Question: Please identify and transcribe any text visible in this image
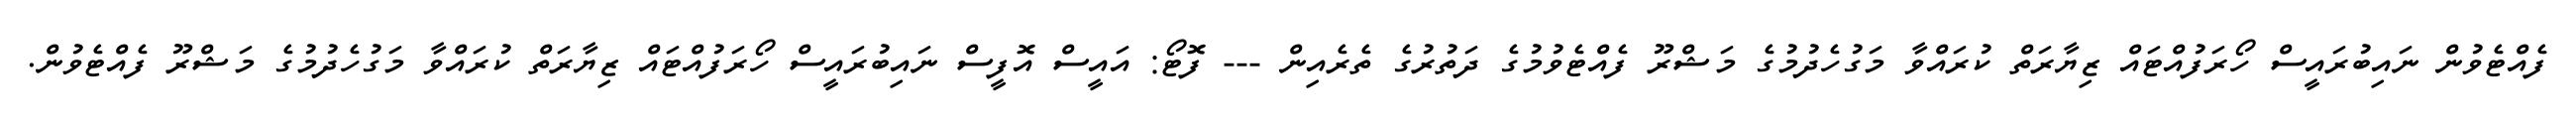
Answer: ފެއްޓެވުން ނައިބުރައީސް ހޯރަފުއްޓައް ޒިޔާރަތް ކުރައްވާ މަގުހެދުމުގެ މަޝްރޫ ފެއްޓެވުމުގެ ދަތުރުގެ ތެރެއިން --- ފޮޓޯ: އައީސް އޮފީސް ނައިބުރައީސް ހޯރަފުއްޓައް ޒިޔާރަތް ކުރައްވާ މަގުހެދުމުގެ މަޝްރޫ ފެއްޓެވުން.